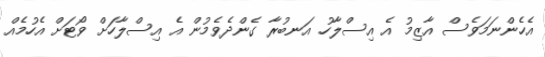
އެހެންނަމަވެސް އާޒިމު އެ އިސްލާހު އަނބުރާ ގެންދެވެމުން އެ އިސްލާހަށް ވޯޓަށް އެހުމެއް